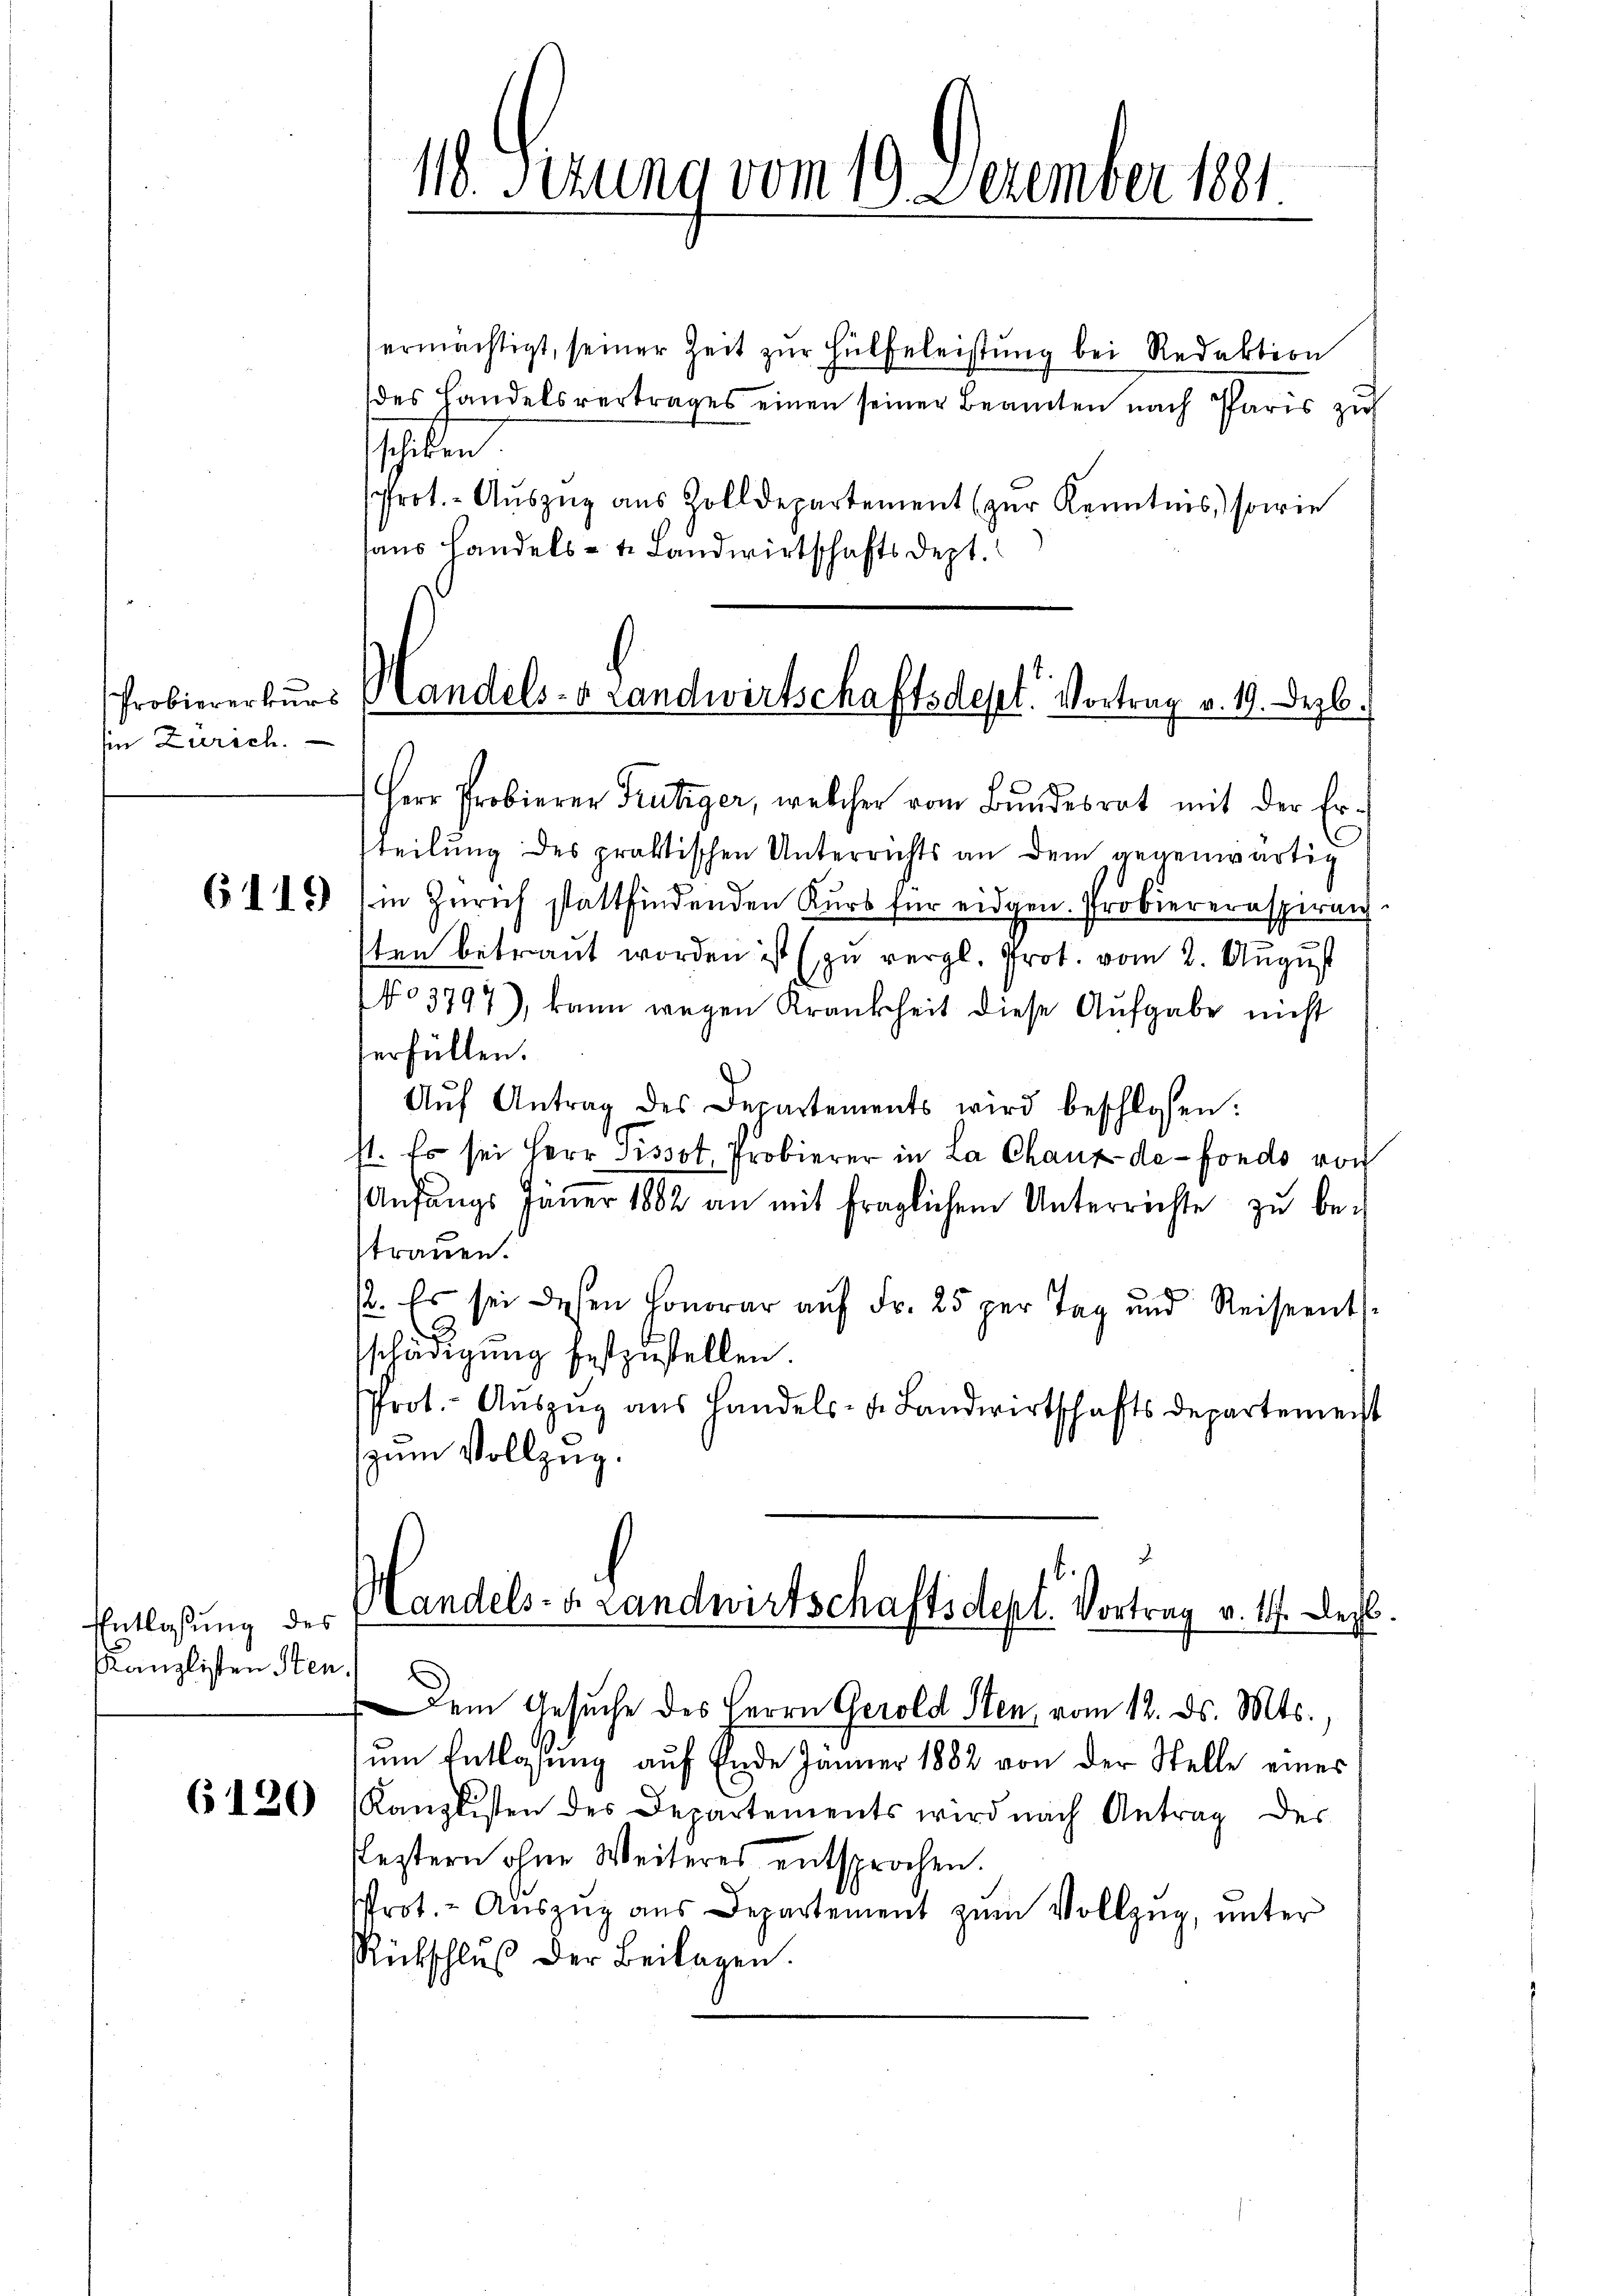
Ein Zürich.

Entlassung des
Kanzlisten Sten

6120

18. Serung vom 19. Dezember 1881

ermächtigt, seiner Zeit zŭr Hülfeleistŭng bei Redaktion
des Handelsvertrages einen seiner Beamten nach Paris zu
schiken
Prot.- Aŭszŭg aŭs Zolldepartement (zŭr Kenntnis, sowie
haus Handels- u. Landwirtschaftsdept.
Herr Probierer Frutiger, welcher vom Bundesrat mit der Ertteilung des praktischen Unterrichts an dem gegenwärtig
6115) in Zürich stattfindenden Kurs für eidgen. Probiereraspiran
ten betraut worden ist (zu vergl. Prot. vom 2. August
No 3797), kann wegen Krankheit diese Aufgabe nicht
verfüllen.
Aŭf Antrag des Departements wird beschlossen:
st. Es sei Herr Pissot, Probierer in La Chaux-de-Fondo von
Anfangs Jaṅer 1882 an mit fraglichem Unterrichte zŭ be-
strauen.
. Es sei diesen Honorar aŭf Fr. 25 per Tag und Reiseents
¬
schädigung festzustellen.
Prot. Aŭszŭg aŭs Handels- u. Landwirtschaftsdepartement
zum Vollzug.
Handels- u. Landwirtschaftsdept. Vortrag v. 1. Dez.
Dem Gesuche des Herrn Gerold Sten, vom 12. ds. Mts.,
um Entlaßung auf Ende Jänner 1882 von der Stelle eines
Kanzlisten des Departements wird nach Antrag des
festern ohne Weiteres entsprochen.
Prot. - Aŭszŭg aŭs Departement zŭm Vollzug, unter
Rückschluß der Beilagen.

Probiererkurs Handels- & Landwirtschaftsdept. Vortrag v. 19. Dezb.